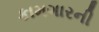
કામગારની